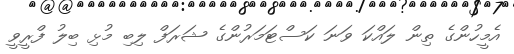
އެމީހުންގެ ތިން ލައްކަ ވަނަ ކަސްޓަމަރުންގެ ޝަރަފް ލިބި މުޅި ބިލު ފްރީވީ